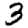
Digit: 3